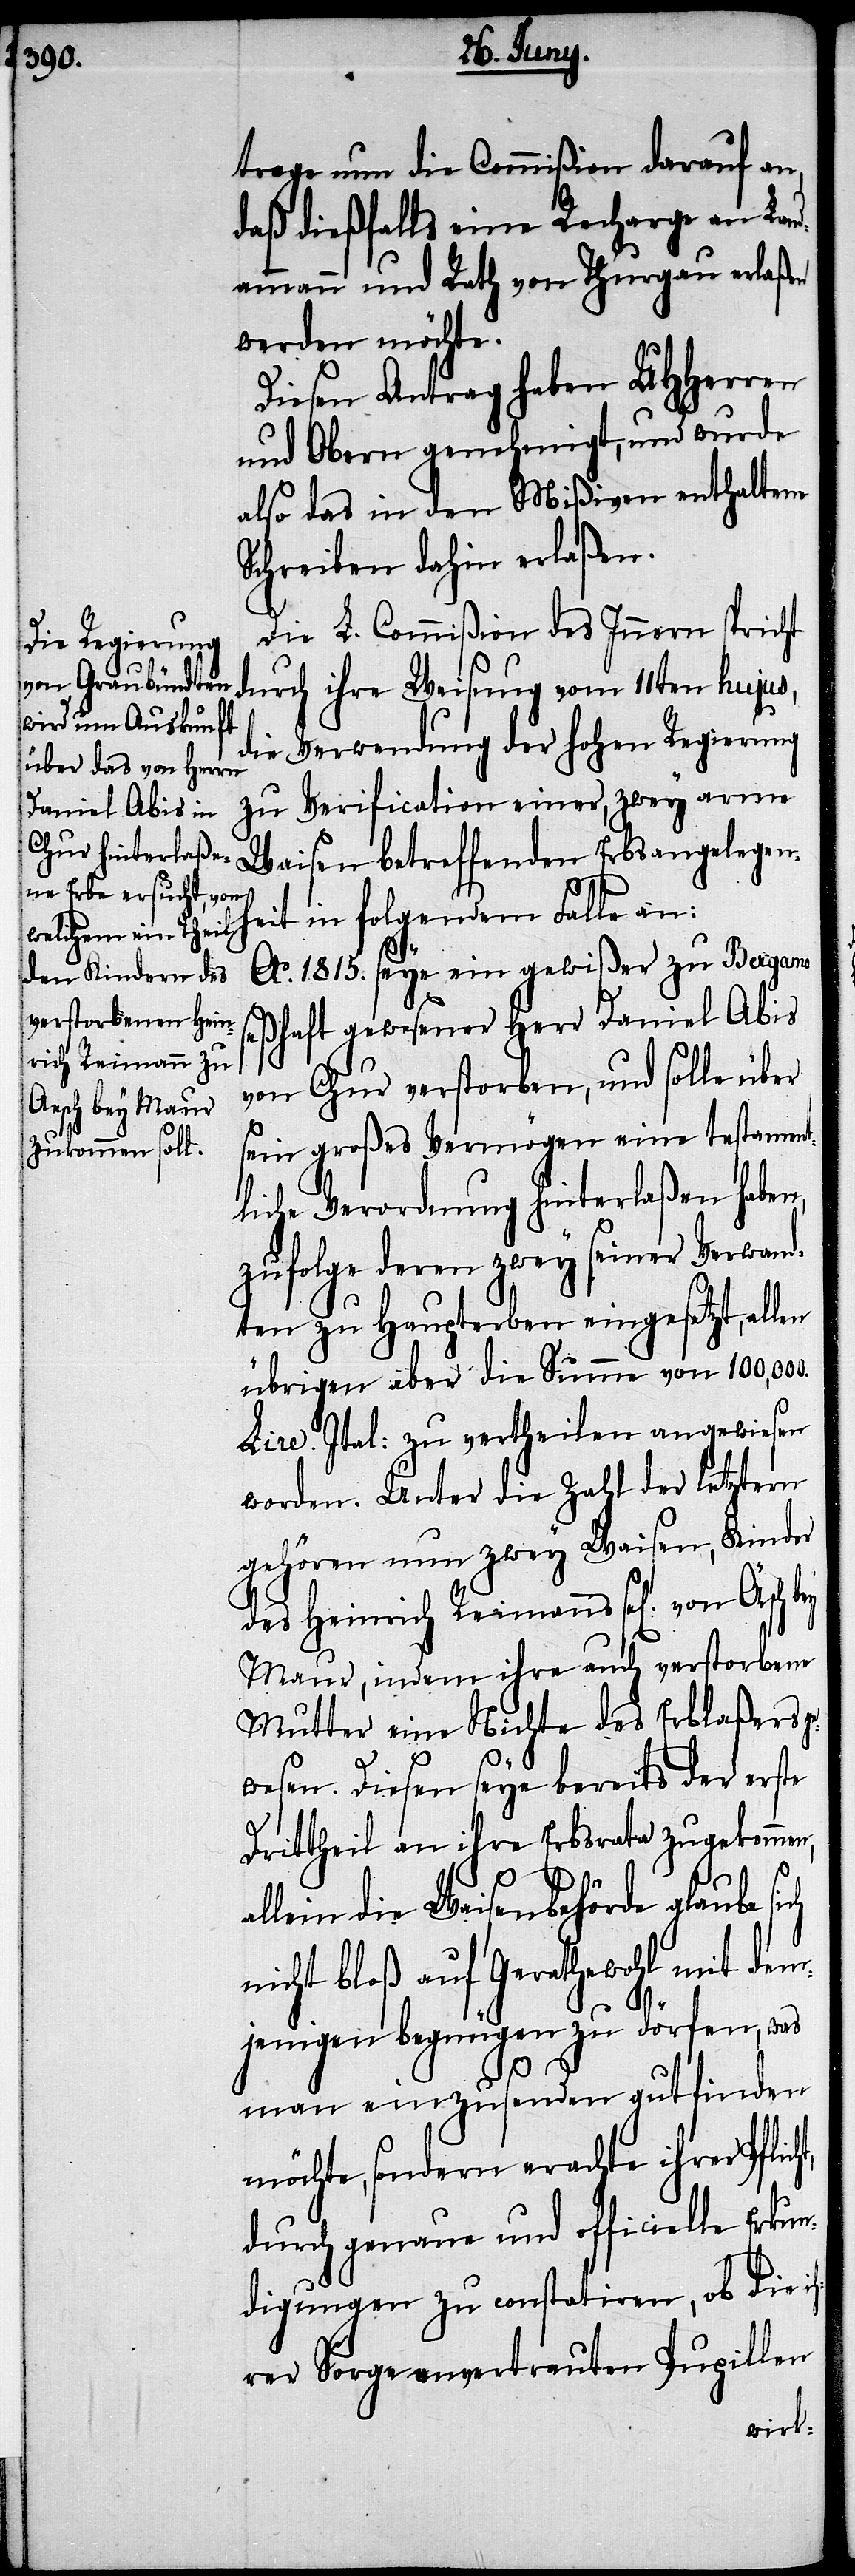
t,

trage nun die Commißion darauf an,
daß dießfalls eine Recharge an Lan¬
dammann und Rath von Thurgau erlaßen
werden möchte.
Diesen Antrag haben UHHerren
und Obern genehmigt, und wurde
also das in den Mißiven enthaltene
Schreiben dahin erlaßen.
Die L. Commißion des Innern spricht
durch ihre Weisung vom 11ten hujus,
die Verwendung der hohen Regierung
zu Verification einer, zwey arme
Waisen betreffenden Erbsangelegenh¬
eit in folgendem Falle an:
Ao. 1815. seye ein gewißer zu Bergamo
seßhaft gewesener Herr Daniel Abis
von Chur verstorben, und solle über
sein großes Vermögen eine testament¬
liche Verordnung hinterlaßen haben,
zufolge deren zwey seiner Verwand¬
ten zu Haupterben eingesetzt, allen
übrigen aber die Summe von 100,000.
Lire. Ital: zu vertheilen angewiesen
worden. Unter die Zahl der letztern
gehören nun zwey Waisen, Kinder
des Heinrich Reimanns sel[igem] von
Maur, indem ihre auch verstorbene
Mutter eine Nichte des Erblaßers ge¬
wesen. Diesen seye bereits der erste
Drittheil an ihre Erbsrata zugekommen,
allein die Waisenbehörde glaube
nicht bloß auf Gerathewohl mit dem¬
jenigen begnügen zu dörfen, was
man einzusenden gut finden
möchte, sondern erachte ihrer Pflich¬
durch genaue und officielle Erku¬
ndigungen zu constatiren,ob die i¬
hrer Sorge anvertrauten Pupillen